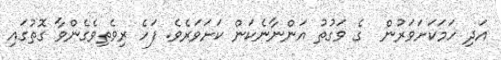
އަދި ހަމަކަށަވަރުން  ގެ ވަގުތު އަންނާނެކަން ކަށަވަރެވެ. ފަހެ ރިވެތިވެގެންވާ ގޮތުގައި